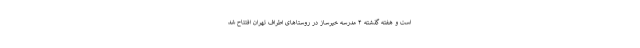
است و هفته گذشته ۴ مدرسه خیرساز در روستاهای اطراف تهران افتتاح شد